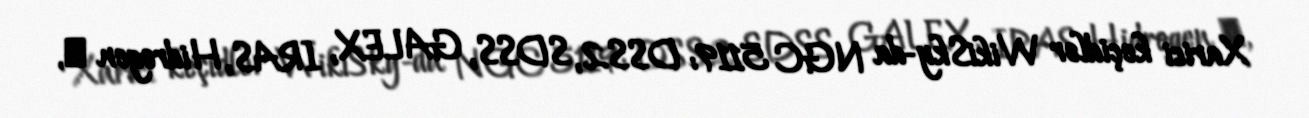
Xarici keçidlər WikiSky-da NGC 5119: DSS2, SDSS, GALEX, IRAS, Hidrogen α,